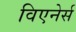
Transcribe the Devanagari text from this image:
विएनेर्स